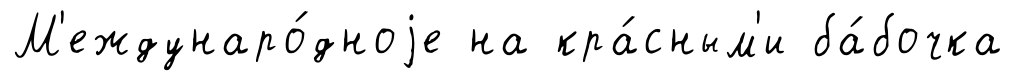
М'еждунаро́дноjе на кра́сным'и ба́бочка